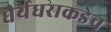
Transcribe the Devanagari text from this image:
धैर्यधराकडेच